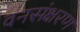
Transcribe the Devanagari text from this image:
वनसंक्षरण